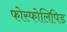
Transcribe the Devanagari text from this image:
फोस्फोलिपिड